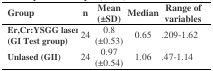
| Group | n | Mean(±SD) | Median | Range ofvariables |
 | --- | --- | --- | --- | --- |
 | Er,Cr:YSGG laser(GI Test group) | 24 | 0.8(±0.53) | 0.65 | .209-1.62 |
 | Unlased (GII) | 24 | 0.97(±0.54) | 1.06 | .47-1.14 |